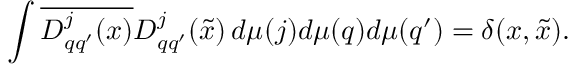
\int \overline { { { D _ { q q ^ { \prime } } ^ { j } ( x ) } } } D _ { q q ^ { \prime } } ^ { j } ( \tilde { x } ) \, d \mu ( j ) d \mu ( q ) d \mu ( q ^ { \prime } ) = \delta ( x , \tilde { x } ) .